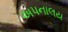
અપનાલય